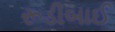
રૂડીબાઈ